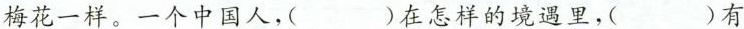
梅花一样。一个中国人，( ) 在怎样的境遇里，( ) 有